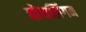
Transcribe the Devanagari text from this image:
बोथलिंगम